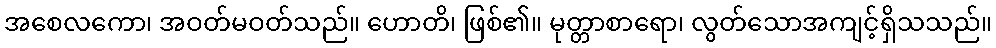
အစေလကော၊ အဝတ်မဝတ်သည်။ ဟောတိ၊ ဖြစ်၏။ မုတ္တာစာရော၊ လွတ်သောအကျင့်ရှိသသည်။